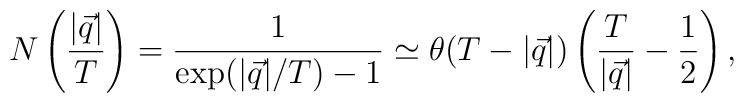
N\left(\frac{|\vec q|}{T}\right) = \frac{1}{\exp(|\vec q|/T)-1} \simeq  \theta(T-|\vec q|)\left(\frac{T}{|\vec q|} - \frac 1 2\right),